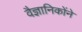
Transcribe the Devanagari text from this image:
वैज्ञानिकोंने